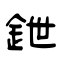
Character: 鉪